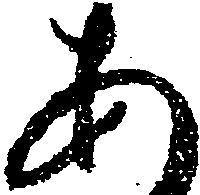
あ